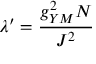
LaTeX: \lambda ^ { \prime } = \frac { g _ { Y M } ^ { 2 } N } { J ^ { 2 } }